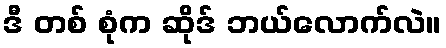
ဒီ တစ် စုံက ဆိုဒ် ဘယ်လောက်လဲ။